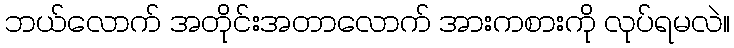
ဘယ်လောက် အတိုင်းအတာလောက် အားကစားကို လုပ်ရမလဲ။